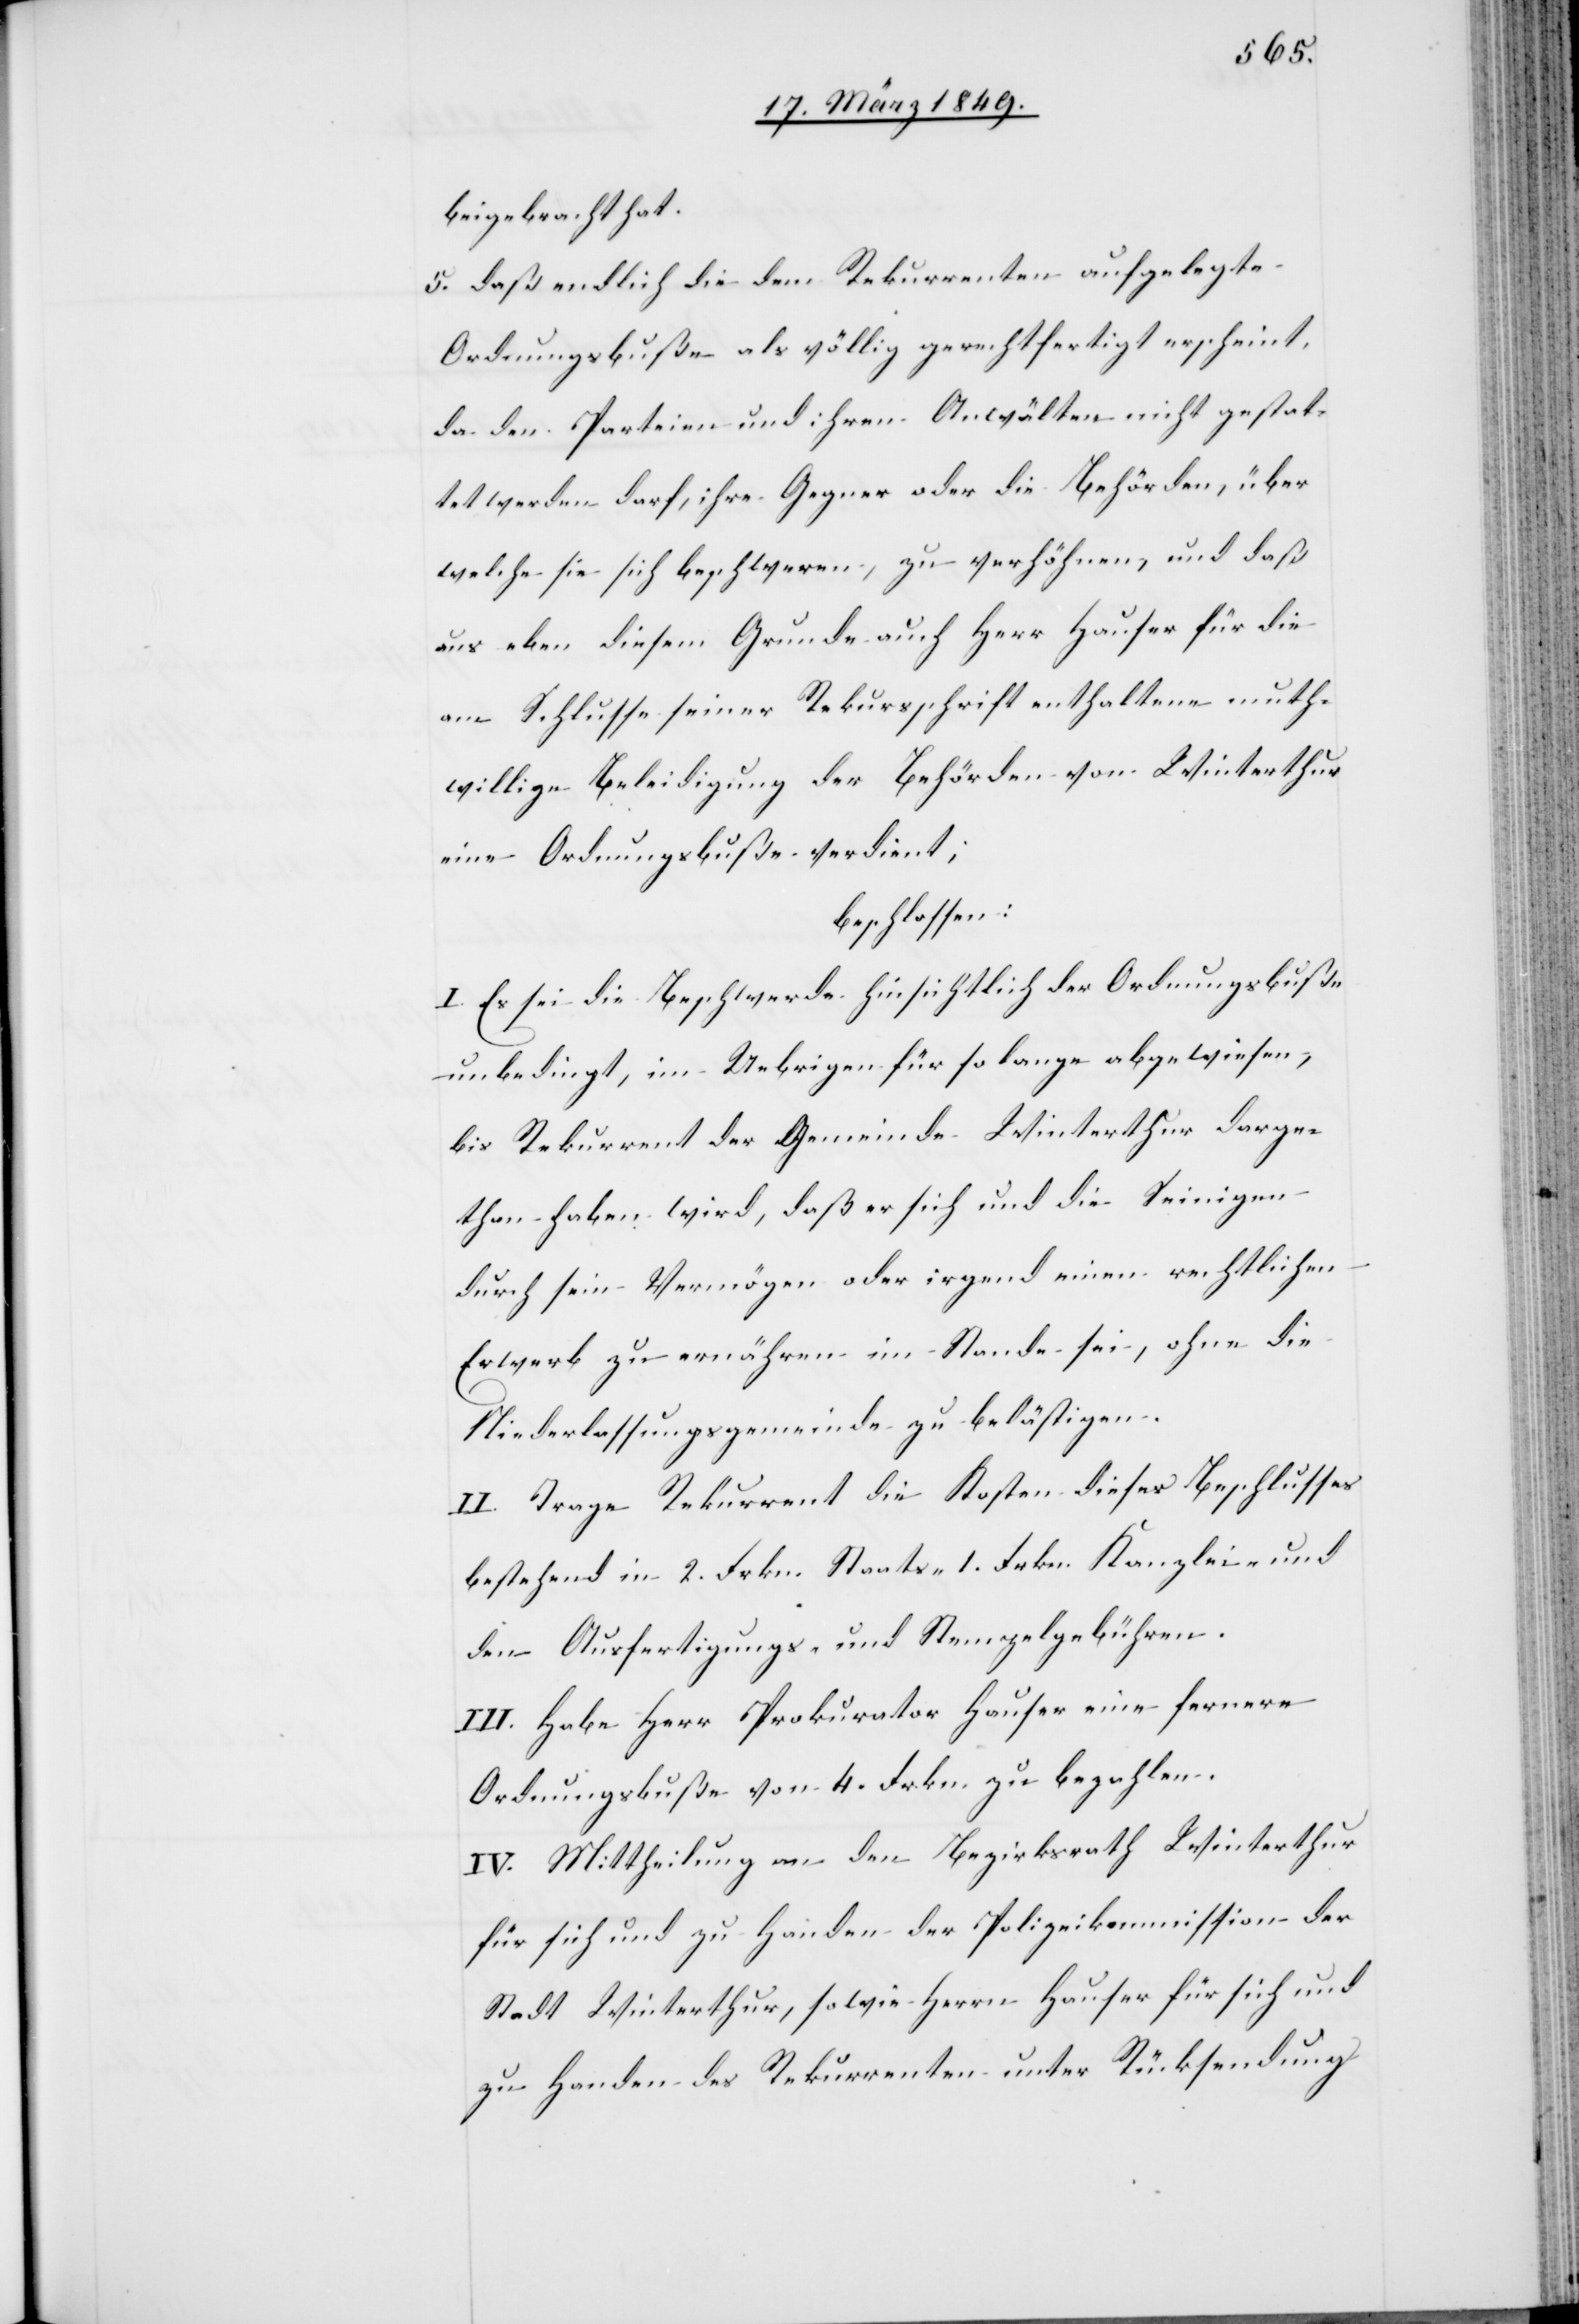
beigebracht hat.
5. daß endlich die dem Rekurrenten aufgelegte
Ordnungsbuße als völlig gerechtfertigt erscheint,
da den Parteien und ihren Anwälten nicht gestat¬
tet werden darf, ihre Gegner oder die Behörden, über
welche sie sich beschweren, zu verhöhnen, und daß
aus eben diesem Grunde auch Herr Hauser für die
am Schlusse seiner Rekursschrift enthaltene muth¬
willige Beleidigung der Behörden von Winterthur
eine Ordnungsbuße verdient;
beschlossen:
I. Es sei die Beschwerde hinsichtlich der Ordnungsbuße
unbedingt, im Uebrigen für so lange abgewiesen,
bis Rekurrent der Gemeinde Winterthur darge¬
than haben wird, daß er sich und die Seinigen
durch sein Vermögen oder irgend einen rechtlichen
Erwerb zu ernähren im Stande sei, ohne die
Niederlassungsgemeinde zu belästigen.
II. Trage Rekurrent die Kosten dieses Beschlusses
bestehend in 2. Frkn. Staats- 1. Frkn. Kanzlei- und
den Ausfertigungs- und Stempelgebühren.
III. Habe Herr Prokurator Hauser eine fernere
Ordnungsbuße von 4. Frkn. zu bezahlen.
IV. Mittheilung an den Bezirksrath Winterthur
für sich und zu Handen der Polizeikommission der
Stadt Winterthur, sowie Herrn Hauser für sich und
zu Handen des Rekurrenten unter Rücksendung